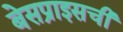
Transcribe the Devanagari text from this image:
बेसप्राइसची